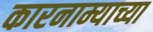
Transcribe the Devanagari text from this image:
कारनाम्याच्या